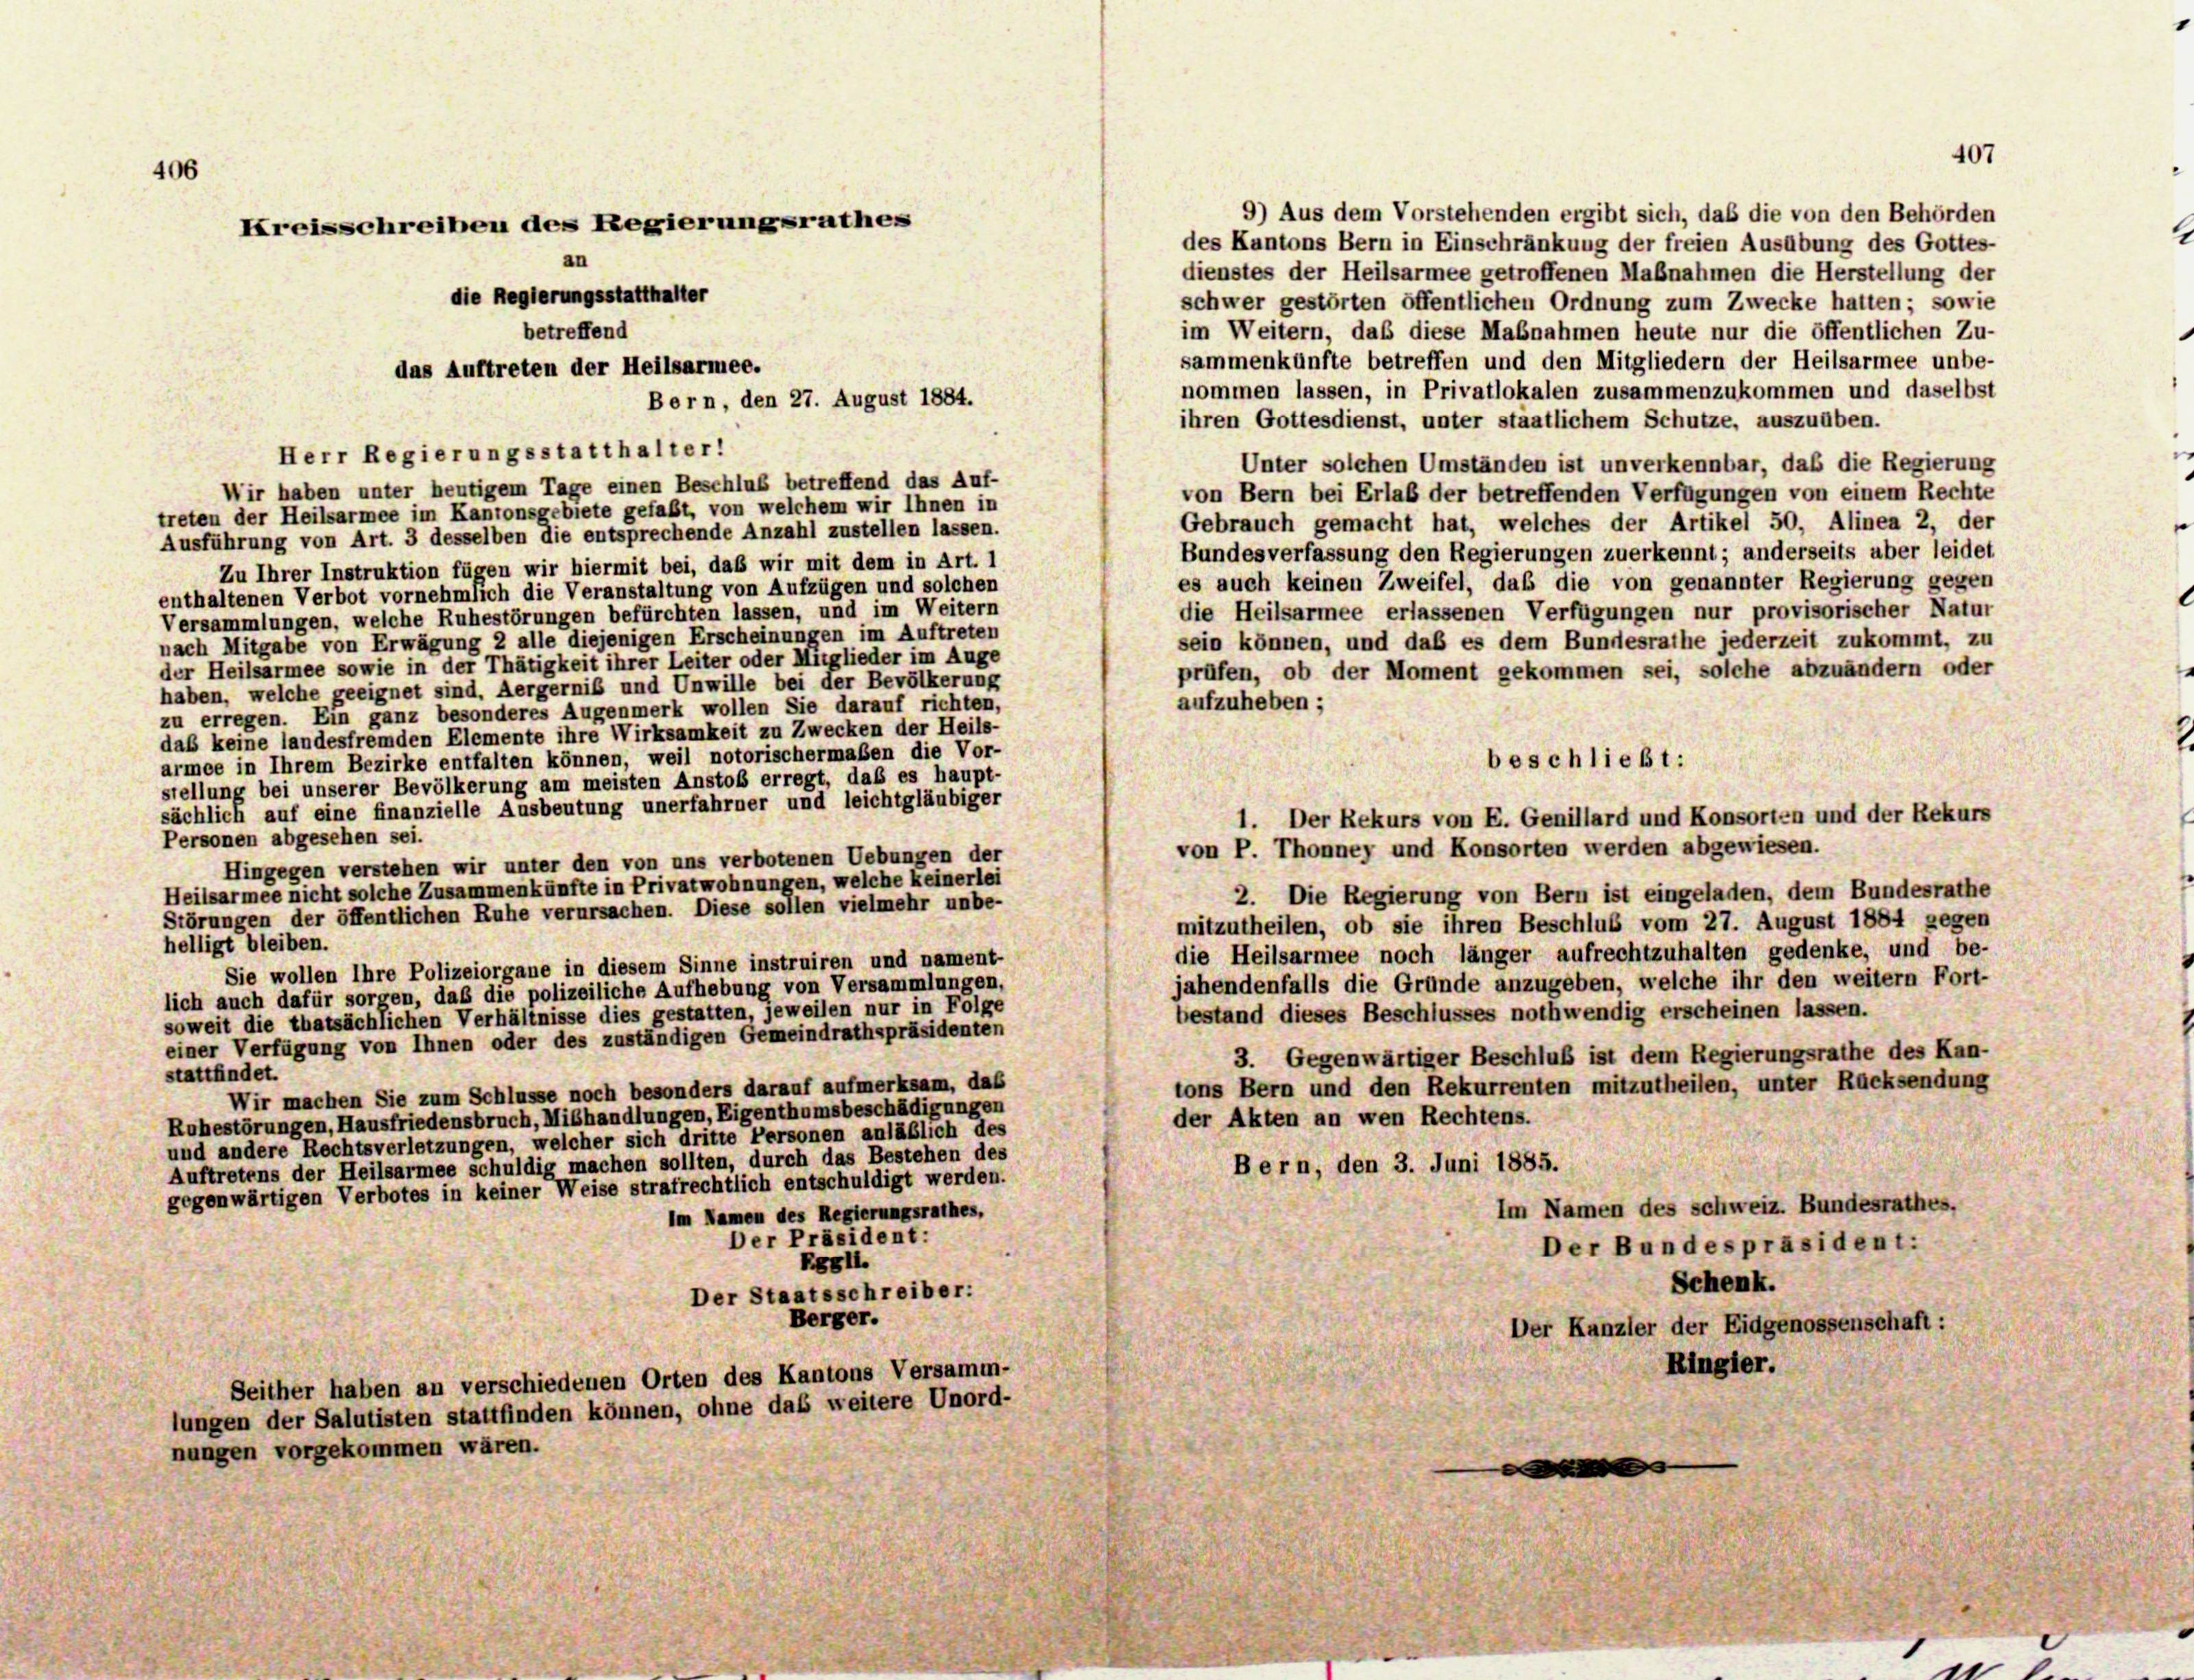
406

9) Aus dem Vorstehenden ergibt sich, daß die von den Behörden
des Kantons Bern in Einschränkung der freien Ausübung des Gottes-
dienstes der Heilsarmee getroffenen Maßnahmen die Herstellung der
schwer gestörten öffentlichen Ordnung zum Zwecke hatten; sowie
im Weitern, daß diese Maßnahmen heute nur die öffentlichen Zu-
sammenkünfte betreffen und den Mitgliedern der Heilsarmee unbe-
nommen lassen, in Privatlokalen zusammenzukommen und daselbst
Bern, den 27. August 1884.
ihren Gottesdienst, unter staatlichem Schutze, auszuüben.
Unter solchen Umständen ist unverkennbar, daß die Regierung
Wir haben unter heutigem Tage einen Beschluß betreffend das Auf-
von Bern bei Erlaß der betreffenden Verfügungen von einem Rechte
treten der Heilsarmee im Kantonsgebiete gefaßt, von welchem wir Ihnen in
Gebrauch gemacht hat, welches der Artikel 50, Alinea 2, der
Ausführung von Art. 3 desselben die entsprechende Anzahl zustellen lassen.
Bundesverfassung den Regierungen zuerkennt; anderseits über leidet
Zu Ihrer Instruktion fügen wir hiermit bei, daß wir mit dem in Art. 1
es auch keinen Zweifel, daß die von genannter Regierung gegen
enthaltenen Verbot vornehmlich die Veranstaltung von Aufzügen und solchen
die Heilsarmee erlassenen Verfügungen nur provisorischer Natur
Versammlungen, welche Ruhestörungen befürchten lassen, und im Weitern
nach Mitgabe von Erwägung 2 alle diejenigen Erscheinungen im Auftreten
sein können, und daß es dem Bundesrathe jederzeit zukommt, zu
der Heilsarmee sowie in der Thätigkeit ihrer Leiter oder Mitglieder im Auge
prüfen, ob der Moment gekommen sei, solche abzuändern oder
haben, welche geeignet sind. Aergerniß und Unwille bei der Bevölkerung
aufzuheben;
zu erregen. Ein ganz besonderes Augenmerk wollen Sie darauf richten,
daß keine landesfremden Elemente ihre Wirksamkeit zu Zwecken der Heils-
armee in Ihrem Bezirke entfalten können, weil notorischermaßen die Vor-
stellung bei unserer Bevölkerung am meisten Anstoß erregt, daß es haupt-
sächlich auf eine finanzielle Ausbeutung unerfahrner und leichtgläubiger
Personen abgesehen sei.
von P. Thonney und Konsorten werden abgewiesen.
Hingegen verstehen wir unter den von uns verbotenen Uebungen der
Heilsarmee nicht solche Zusammenkünfte in Privatwohnungen, welche keinerlei
2. Die Regierung von Bern ist eingeladen, dem Bundesrathe
Störungen der öffentlichen Ruhe verursachen. Diese sollen vielmehr unbe-
mitzutheilen, ob sie ihren Beschluß vom 27. August 1884 gegen
helligt bleiben.
die Heilsarmee noch länger aufrechtzuhalten gedenke, und be-
Sie wollen Ihre Polizeiorgane in diesem Sinne instruiren und nament-
jahendenfalls die Gründe anzugeben, welche ihr den weitern Fort-
lich auch dafür sorgen, daß die polizeiliche Aufhebung von Versammlungen,
bestand dieses Beschlusses nothwendig erscheinen lassen.
soweit die thatsächlichen Verhältnisse dies gestatten, jeweilen nur in Folge
einer Verfügung von Ihnen oder des zuständigen Gemeindrathspräsidenten
3. Gegenwärtiger Beschluß ist dem Regierungsrathe des Kan-
stattfindet.
tons Bern und den Rekurrenten mitzutheilen, unter Rücksendung
Wir machen Sie zum Schlüsse noch besonders darauf aufmerksam, das
Ruhestörungen, Hausfriedensbruch, Mißhandlungen, Eigenthumsbeschädigungen
der Akten an wen Rechtens.
und andere Rechtsverletzungen, welcher sich dritte Personen anläßlich des
Auftretens der Heilsarmee schuldig machen sollten, durch das Bestehen des
Bern, den 3. Juni 1885.
gegenwärtigen Verbotes in keiner Weise strafrechtlich entschuldigt werden.
Im Namen des schweiz. Bundesrathes.
Im Namen des Regierungsrathes,
Der Präsident:
Der Bundespräsident:
RGH.
Schenk.
Der Staatsschreiber:
Berger.
Der Kanzler der Eidgenossenschaft:
Ringier.
Seither haben an verschiedenen Orten des Kantons Versamm-
lungen der Salutisten stattfinden können, ohne das weitere Unord-
nungen vorgekommen wären.
e
e

Kreisschreiben des Regierungsrathes
die Regierungsstatthalter
betreffend
das Auftreten der Heilsarmee.

Herr Regierungsstatthalter!

beschließt:
1. Der Rekurs von E. Genillard und Konsorten und der Rekurs

407